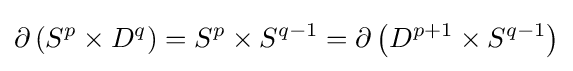
\partial \left(S^{p}\times D^{q}\right)=S^{p}\times S^{q-1}=\partial \left(D^{p+1}\times S^{q-1}\right)